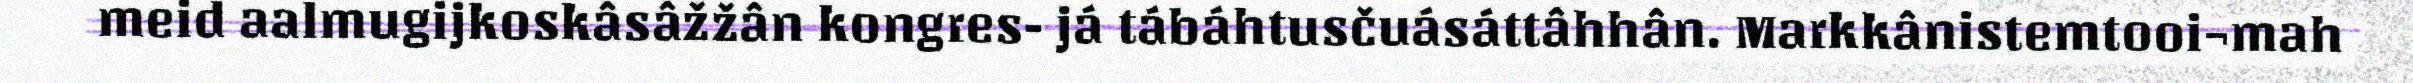
meid aalmugijkoskâsâžžân kongres- já tábáhtusčuásáttâhhân. Markkânistemtooi¬mah